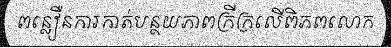
ពន្លឿនការកាត់បន្ថយភាពក្រីក្រលើពិភពលោក